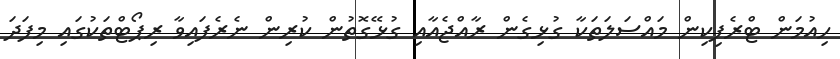
ހިއުމަން ޓްރެފިކިން މައްސަލަތަކާ ގުޅިގެން ރާއްޖެއާއި ގުޅޭގޮތުން ކުރިން ނެރެފައިވާ ރިޕޯޓްތަކުގައި މިފަދަ